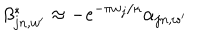
LaTeX: \beta _ { j n , w ^ { \prime } } ^ { * } \approx - e ^ { - \pi w _ { j } / \kappa } \alpha _ { j n , w ^ { \prime } }